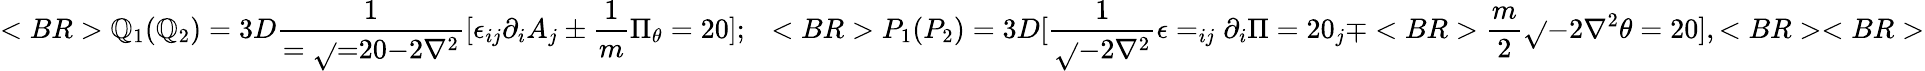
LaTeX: <BR>\mathbb{Q}_{1}(\mathbb{Q}_{2})=3D{\frac{{1}}{{={{\sqrt{}{=}20{-2\nabla^{2}}}}}}}[\epsilon_{ij}\partial_{i}A_{j}\pm{\frac{{1}}{{m}}}\Pi_{\theta}=20];~~<BR>P_{1}(P_{2})=3D[{\frac{{1}}{{{\sqrt{}{{-2\nabla^{2}}}}}}}\epsilon=_{ij}\partial_{i}\Pi=20_{j}\mp<BR>{\frac{{m}}{{2}}}{\sqrt{}{{-2\nabla^{2}}}}\theta=20],<BR><BR>